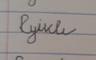
Signature authenticity: forged